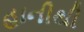
હાનીથી